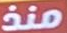
منذ